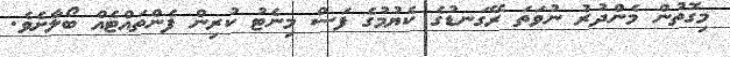
މިގޮތުން މެންދުރު ނުވަތަ ރޭގަނޑުގެ ކެޔުމުގެ ފަސް މިނެޓު ކުރިން ފެންތައްޓެއް ބޯލާށެވެ.